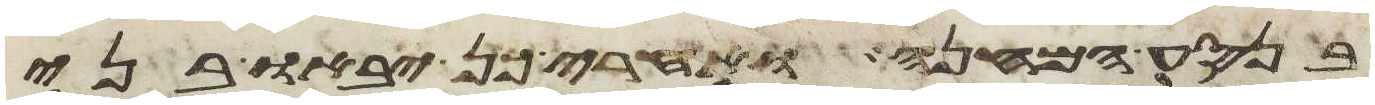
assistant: בנסע המחנה ואחרי כן יבאו בני